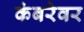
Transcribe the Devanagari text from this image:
कंबरेवर